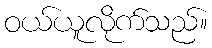
ဝယ်ယူလိုက်သည်။